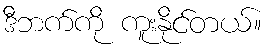
ဒီဘက်ကို ကူးနိုင်တယ်။